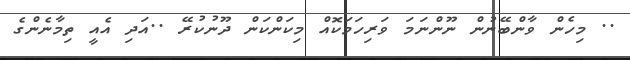
.. މިހެން ވާންބޭނުން ނޫންނަމަ ވަރިހަމަކޮއް މިކަންކަން ދޫނުކުރޭ ..އަދި އެއީ ތިމާނެންގެ